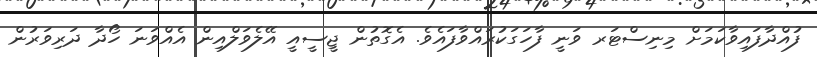
ފުއްދާފައިވާކަމަށް މިނިސްޓަރ ވަނީ ފާހަގަކުރައްވާފައެވެ. އެގޮތުން ޖީސީއީ އޭލެވަލްއިން އެއްވަނަ ހޯދާ ދަރިވަރުން